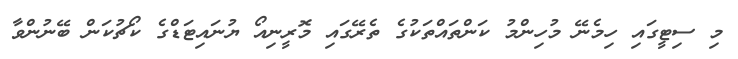
މި ސިޓީގައި ހިމެނޭ މުހިންމު ކަންތައްތަކުގެ ތެރޭގައި މޮރީނިއޯ ޔުނައިޓަޑްގެ ކޯޗުކަން ބޭނުންވާ